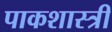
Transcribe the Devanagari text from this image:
पाकशास्त्री